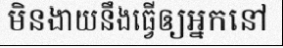
មិនងាយនឹងធ្វើឲ្យអ្នកនៅ